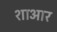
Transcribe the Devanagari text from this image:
शाआर